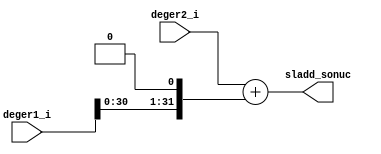
module sladd_unit(
   input [31:0] deger1_i,
   input [31:0] deger2_i,
   output [31:0] sladd_sonuc
);
   assign sladd_sonuc = deger2_i + (deger1_i << 1);
endmodule